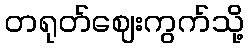
တရုတ်ဈေးကွက်သို့